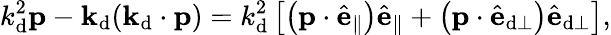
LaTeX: k_{\mathrm{d}}^{2}\mathbf{{p}}-\mathbf{{k}}_{\mathrm{d}}(\mathbf{{k}}_{\mathrm{d}}\cdot\mathbf{{p}})=k_{\mathrm{d}}^{2}\left[\left(\mathbf{{p}}\cdot\hat{{\mathbf{{e}}}}_{\parallel}\right)\hat{{\mathbf{{e}}}}_{\parallel}+\left(\mathbf{{p}}\cdot\hat{{\mathbf{{e}}}}_{\mathrm{d}\perp}\right)\hat{{\mathbf{{e}}}}_{\mathrm{d}\perp}\right],